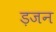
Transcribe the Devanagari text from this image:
ड़जन